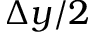
\Delta y / 2